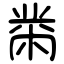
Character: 黹